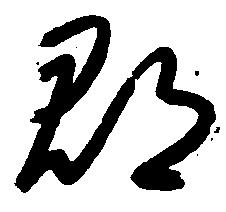
郡